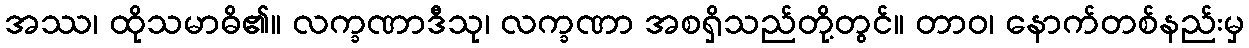
အဿ၊ ထိုသမာဓိ၏။ လက္ခဏာဒီသု၊ လက္ခဏာ အစရှိသည်တို့တွင်။ တာဝ၊ နောက်တစ်နည်းမှ